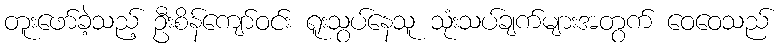
တူးဖော်ခဲ့သည့် ဦးစိန်ကျော်ဝင်း ရူးသွပ်နေသူ သုံးသပ်ချက်များအတွက် ဝေဝေသည်